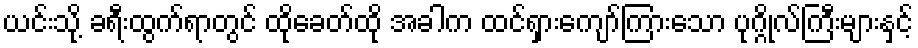
ယင်းသို့ ခရီးထွက်ရာတွင် ထိုခေတ်ထို အခါက ထင်ရှားကျော်ကြားသော ပုဂ္ဂိုလ်ကြီးများနှင့်